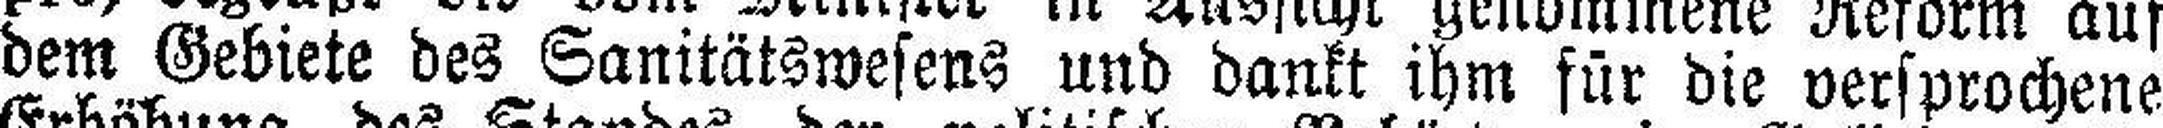
dem Gebiete des Sanitätswesens und dankt ihm für die versprochene